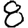
Digit: 8